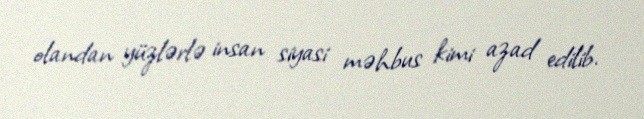
olandan yüzlərlə insan siyasi məhbus kimi azad edilib.